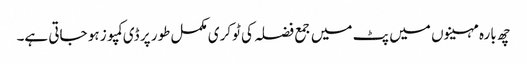
چھ بارہ مہینوں میں پٹ میں جمع فضلہ کی ٹوکری مکمل طور پر ڈی کمپوز ہو جاتی ہے۔